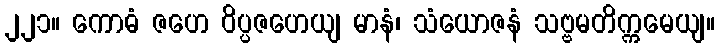
၂၂၁။ ကောဓံ ဇဟေ ဝိပ္ပဇဟေယျ မာနံ၊ သံယောဇနံ သဗ္ဗမတိက္ကမေယျ။